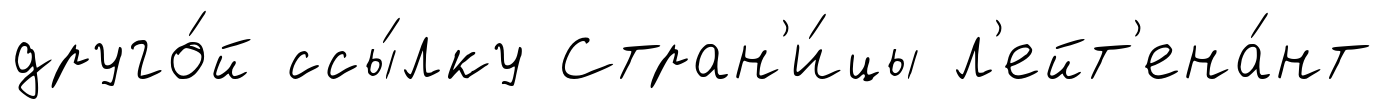
друго́й ссы́лку Стран'и́цы л'ейт'ена́нт